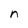
Character: n